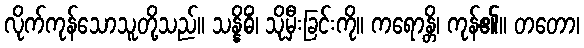
လိုက်ကုန်သောသူတို့သည်။ သန္နိဓိံ၊ သိုမှီးခြင်းကို။ ကရောန္တိ၊ ကုန်၏။ တတော၊